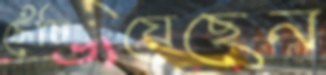
চেঁচিয়েছেন